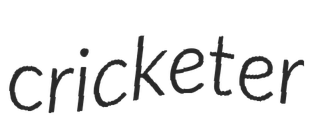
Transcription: cricketer